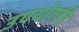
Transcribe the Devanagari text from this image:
उपयोगहि